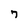
Character: 7